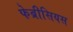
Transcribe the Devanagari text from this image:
फेब्रीसियस